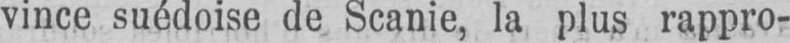
vince suédoise de Scanie, la plus rappro-